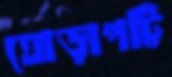
ঘোড়াপট্টি